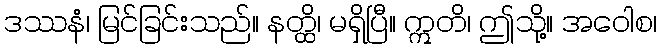
ဒဿနံ၊ မြင်ခြင်းသည်။ နတ္ထိ၊ မရှိပြီ။ ဣတိ၊ ဤသို့။ အဝေါစ၊